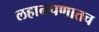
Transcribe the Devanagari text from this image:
लहानपणातच